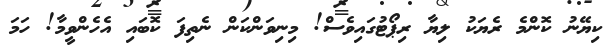
ކިޔޭނު ކޮންމެ ރެޔަކު ލިޔާ ރިޕޯޓުގައިވެސް! މިނިވަންކަން ނެތިފަ ކޮބައި އެހެންވީމާ! ހަމަ